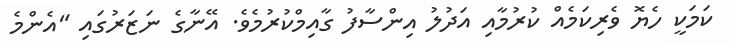
ކަމަކީ ހެޔޮ ވެރިކަމެއް ކުރުމާއި އަދުލު އިންސާފު ގާއިމްކުރުމެވެ. އޭނާގެ ނަޒަރުގައި "އެންމެ